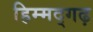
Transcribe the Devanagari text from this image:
हिम्मद्गढ़